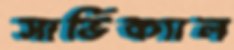
সার্ভিক্যাল